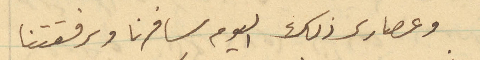
وعصارى ذلك اليوم سافرنا وبرفقتنا